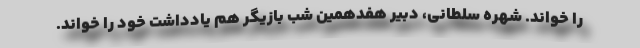
را خواند. شهره سلطانی، دبیر هفدهمین شب بازیگر هم یادداشت خود را خواند.